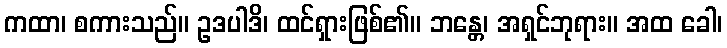
ကထာ၊ စကားသည်။ ဥဒပါဒိ၊ ထင်ရှားဖြစ်၏။ ဘန္တေ၊ အရှင်ဘုရား။ အထ ခေါ၊